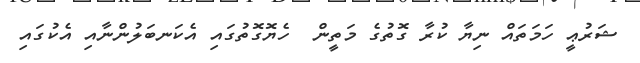
ޝަރުޢީ ހަމަތައް ނިޔާ ކުރާ ގޮތުގެ މަތީން  ހެޔޮގޮތުގައި އެކަނބަލުންނާއި އެކުގައި